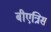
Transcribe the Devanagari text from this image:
बीएत्रिस